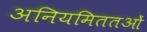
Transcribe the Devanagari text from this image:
अनियमिततओं